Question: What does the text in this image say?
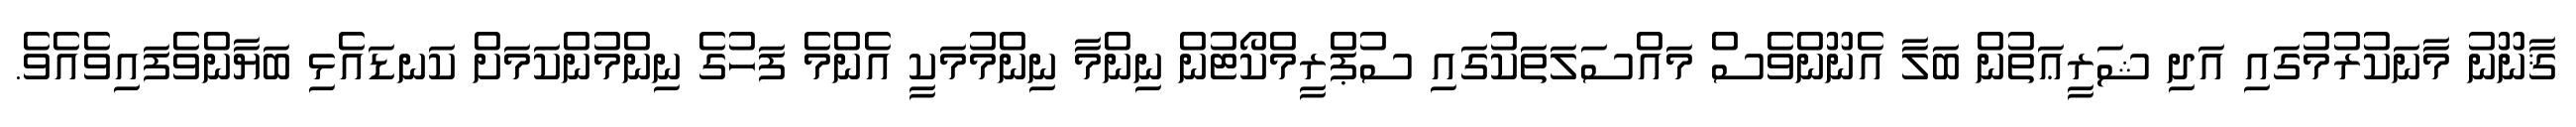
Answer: ޤާނޫނު މާނަކުރުމުގައި އަދި ޝަރީޢަތުން ބަލާ އެނޫންވެސް މައްސަލަތަކުގައި ސުޕްރީމްކޯޓުން ނިންމާ ނިންމުމަކީ އެންމެ ފަހުގެ ނިންމުންކަމަށް ކަނޑައެޅި ބަޔާންވެފައިވެއެވެ.